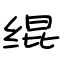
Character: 绲